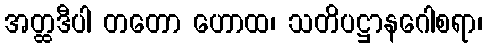
အတ္ထဒီပါ တတော ဟောထ၊ သတိပဋ္ဌာနဂေါစရာ၊